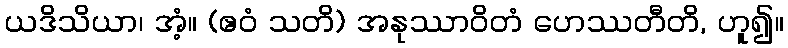
ယဒိသိယာ၊ အံ့။ (ဧဝံ သတိ) အနုဿာဝိတံ ဟေဿတီတိ, ဟူ၍။